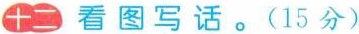
十二 看图写话。（15分）